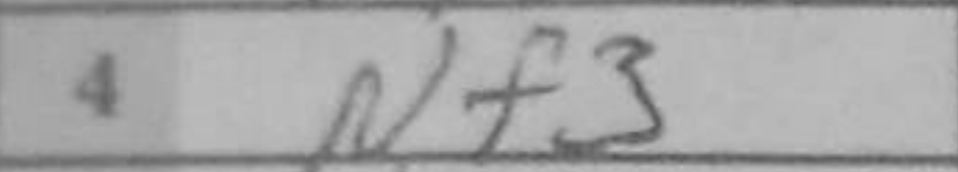
Transcription: Nf3